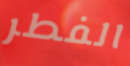
الفطر